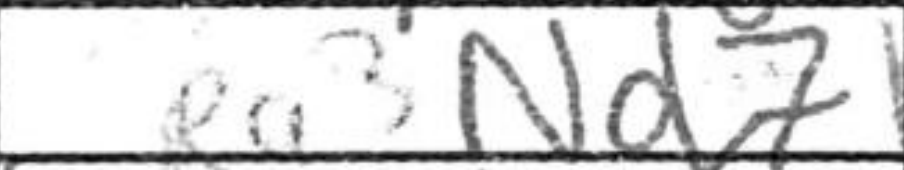
Transcription: Nd7